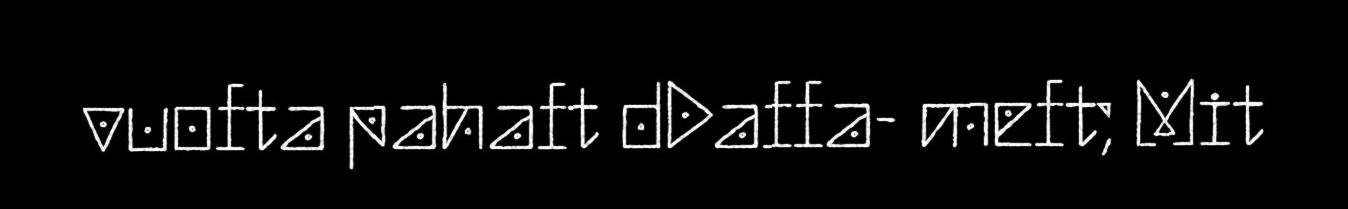
vuofta pahaft dDaffa- meft; Mit